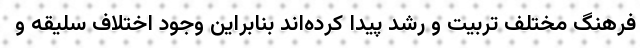
فرهنگ مختلف تربیت و رشد پیدا کرده‌اند بنابراین وجود اختلاف سلیقه و